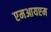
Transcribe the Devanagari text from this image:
एमआयएम